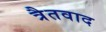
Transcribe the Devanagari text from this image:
त्रैतवाद